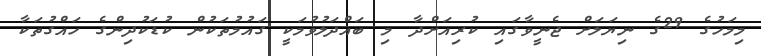
މިމަހުގެ 29ގެ ނިޔަލަށް ޖެނީވާގައި ކުރިއަށްދާ މި ބައްދަލުވުމަކީ ގައުމުތަކުން ކުޑަކުދިންގެ ހައްގުތަކާ